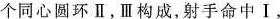
个同心圆环Ⅱ，Ⅲ构成，射手命中Ⅰ，